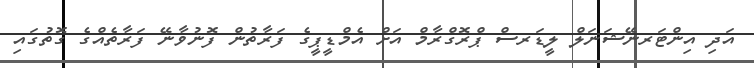
އަދި އިންޓަރނޭޝަނަލް ލީޑަރސް ޕްރޮގްރާމް އަށް އެމްޑީޕީގެ ފަރާތުން ފޮނުވާނޭ ފަރާތެއްގެ ގޮތުގައި